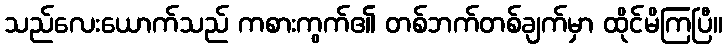
သည်လေးယောက်သည် ကစားကွက်၏ တစ်ဘက်တစ်ချက်မှာ ထိုင်မိကြပြီ။